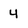
Character: 4